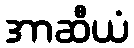
အာဆီယံ